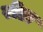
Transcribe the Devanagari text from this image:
रोंडा